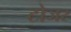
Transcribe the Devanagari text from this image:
टोजर